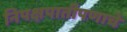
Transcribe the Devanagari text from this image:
निपक्षपातीपणाचे